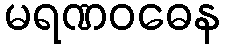
မရဏဝဓေန